Medical and sanitary report of the native army of Bengal for the year
Year: 1875
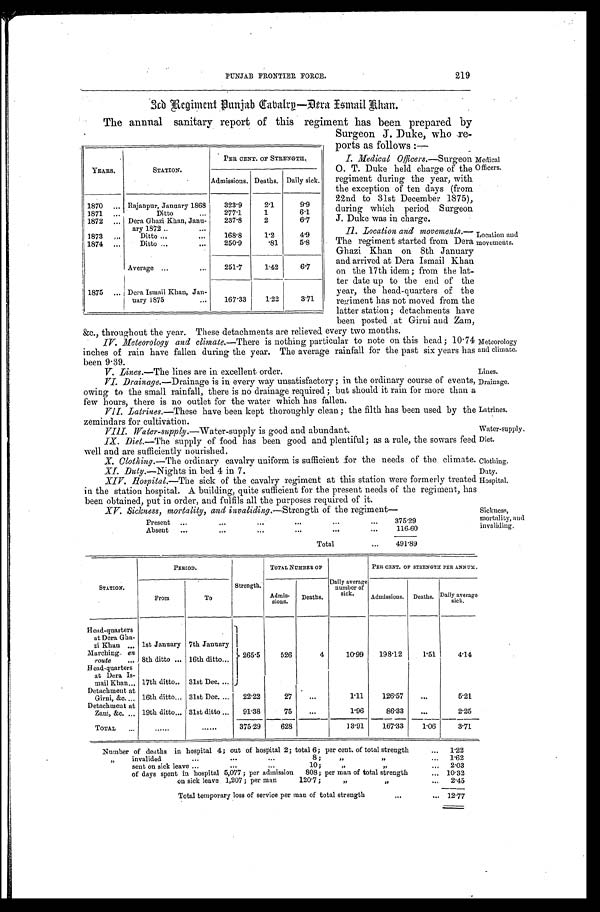
Medical
Officers.
Location and
movements.
Meteorology
and climate.
Lines.
Drainage.
Latrines.
Water-supply.
Diet.
Clothing.
Duty.
Hospital.
Sickness,
mortality, and
invaliding.
PUNJAB FRONTIER FORCE.
219
3rd Regiment Punjab Caba
lre—Dera Ismail Khan
The annual sanitary report of this regiment has been prepared by
Surgeon J. Duke, who re
-ports as follows
: —
I. Medical Officers. —Surgeon
O. T. Duke held charge of the
regiment during the year, with
the exception of ten days (from
22nd to 31st December 1875),
during which period Surgeon
J. Duke was in charge.
II. Location and movements.
— T h e r e g i m e n t s t a r t e d f r o m D e r a
Ghazi Khan on 8th January
and arrived at Dera Ismail Khan
on the 17th idem; from the lat
-ter date up to the end of the
year, the head-quarters of the
regiment has not moved from the
latter station; detachments have
been posted at Girni and Zam,
&c., throughout the year. These detachments are relieved every two months.
IV. Meteorology and climate.—There is nothing particular to note on this head; 10.74
inches of rain have fallen during the year. The average rainfall for the past six years has
been 9.39.
V. Lines.—The lines are in excellent order.
VI .
Drainage.—Drainae is in every way unsatisfactory; in the ordinary course of events,
owing to the small rainfall, there is no drainage required; but should it rain for more than a
few hours, there is. no outlet for the water which has fallen.
VII. Latrines.—These have been kept thoroughly clean; the filth has been used by the
zemindars for cultivation.
VIII. Water-supply.—Water-supply is good and abundant.
IX. Diet.—The supply of food has been good and plentiful; as a rule, the sowars feed
well and are sufficiently nourished.
X. Clothing.—The ordinary cavalry uniform is sufficient for the needs of the climate.
XI. Duty.—Nights in bed 4 in 7.
XIV. Hospital.—The sick of the cavalry regiment at this station were formerly treated
in the station hospital. A building, quite sufficient for the present needs of the regiment, has
been obtained, put in order, and fulfils all the purposes required of it.
XV. Sickness, mortality and invaliding. —Strength of the regiment—
Present
375.29
Absent
116.60
Total
491.89
YEARS.
STATION.
PER CENT. OF STRENGTH.
Admissions. Deaths. Daily sick.
1870
Rajanpur, January 1868
323.9
2.1
9.9
1871
Ditto
277.1
1
6. 1
1 8 7 2 Dera Ghazi Khan, Janu
-ary 1872
237.8
2
6.7
1873
Ditto
168.8
1.2
4. 9
1874
Ditto
250.9
.81
5.8
Average
251.7
1.42
6.7
1875
Dera Ismail Khan, Jan
-uary 1875
167.33
1.22
3.71
STATION.
PERIOD.
Strength.
TOTAL NUMBER OF
Daily avera
g e n u m b e r o f
sick.
PER CENT. OF STRENGTH PER ANNUM.
From
To
Admis
-sions. Deaths.
Admissions. Deaths. Daily average
sick.
Head-quarters
at Dera Gha
-zi Khan
1st January 7th January
265.5
526
4
10.99 198.12
1.51
4.14
Marching. en
-route
8th ditto
16th ditto
Head-quarters
at Dera Is
-mail Khan 17th ditto 31st Dec.
Detachment at
Girni, &c.
16th ditto 31st Dec.
22.22
27
1.11
126.57
5.21
Detachment at
Zam, &c.
19th ditto 31st ditto
91.38
75
1.96
86.33
2.25
TOTAL
375.29
628
13.91
167.33
1.06
— 3 . 7 1
Number of deaths in hospital 4; out of hospital 2; total 6; per cent. of total strength
1 . 2 2
, , i n v a l i d e d 8 ; , , , ,
1.62
sent on sick leave 10; ,, ,,
2.03
of days spent i n hospi t al 5, 077; per admi ssi on 808; per man of t ot al st r engt h
10.32
on sick leave 1,207; per man 120.7;
2.45
Total temporary loss of service per man of total strength
12.77